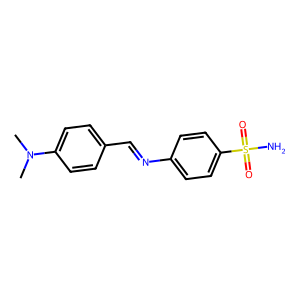
SMILES: CN(C)c1ccc(C=Nc2ccc(S(N)(=O)=O)cc2)cc1
Inhibits HIV replication: No